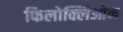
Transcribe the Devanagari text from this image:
फिलोक्लिओन